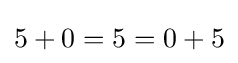
5+0=5=0+5